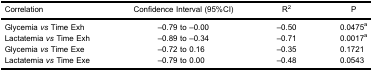
| Correlation | Confidence Interval (95%CI) | R2 | P |
 | --- | --- | --- | --- |
 | Glycemia vs Time Exh | −0.79 to −0.00 | −0.50 | 0.0475a |
 | Lactatemia vs Time Exh | −0.89 to −0.34 | −0.71 | 0.0017a |
 | Glycemia vs Time Exe | −0.72 to 0.16 | −0.35 | 0.1721 |
 | Lactatemia vs Time Exe | −0.79 to 0.00 | −0.48 | 0.0543 |